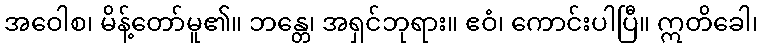
အဝေါစ၊ မိန့်တော်မူ၏။ ဘန္တေ၊ အရှင်ဘုရား။ ဧဝံ၊ ကောင်းပါပြီ။ ဣတိခေါ၊